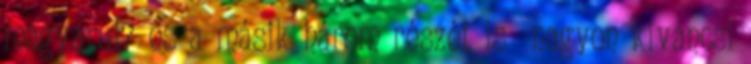
magyarul? és a másik három részét is nagyon kiváncsi